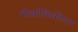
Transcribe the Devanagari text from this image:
मोकळिकीचा